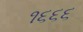
૧૬૬૬